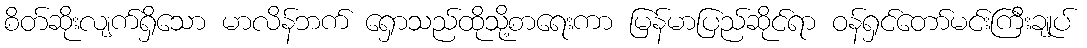
စိတ်ဆိုးလျက်ရှိသော မာလိန်ဘက် ရှောသည်ထိုသို့စာရေးကာ မြန်မာပြည်ဆိုင်ရာ ဝန်ရှင်တော်မင်းကြီးချုပ်